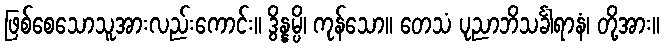
ဖြစ်စေသောသူအားလည်းကောင်း။ ဒွိန္နမ္ပိ၊ ကုန်သော။ တေသံ ပုညာဘိသင်္ခါရာနံ၊ တို့အား။